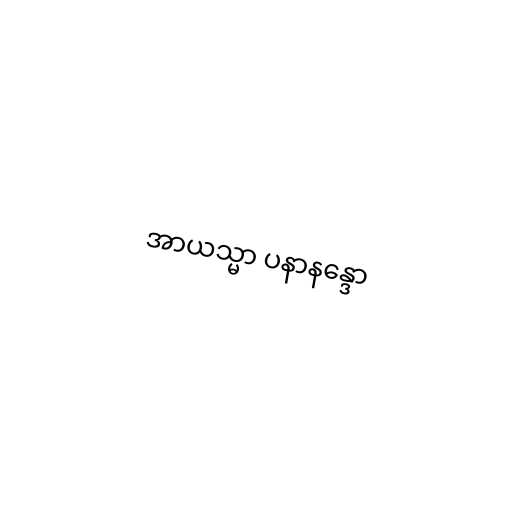
အာယသ္မာ ပနာနန္ဒော